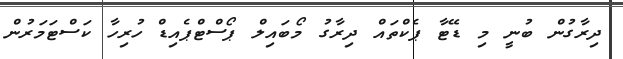
ދިރާގުން ބުނީ މި ޑޭޓާ ޕެކްތައް ދިރާގު މޯބައިލް ޕޯސްޓްޕެއިޑް ހުރިހާ ކަސްޓަމަރުން